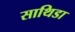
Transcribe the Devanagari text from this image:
साथिडा